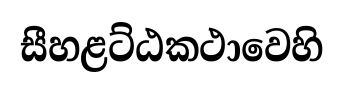
සීහළට්ඨකථාවෙහි